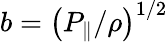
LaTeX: b=\left(P_{\| }/\rho\right)^{1/2}